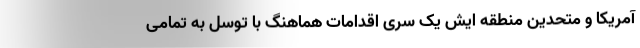
آمریکا و متحدین منطقه ایش یک سری اقدامات هماهنگ با توسل به تمامی